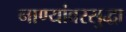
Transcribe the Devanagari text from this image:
नाण्यांवरसुद्धा